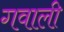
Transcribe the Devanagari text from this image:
गवाली